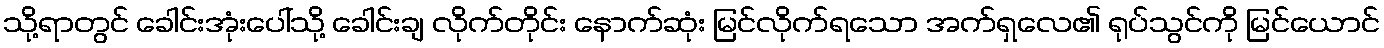
သို့ရာတွင် ခေါင်းအုံးပေါ်သို့ ခေါင်းချ လိုက်တိုင်း နောက်ဆုံး မြင်လိုက်ရသော အက်ရှလေ၏ ရုပ်သွင်ကို မြင်ယောင်